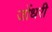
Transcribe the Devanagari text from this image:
जोंधरी